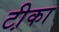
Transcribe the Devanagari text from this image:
टी़का